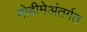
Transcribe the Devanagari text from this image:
मोहीमेअंतर्गत